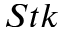
S t k